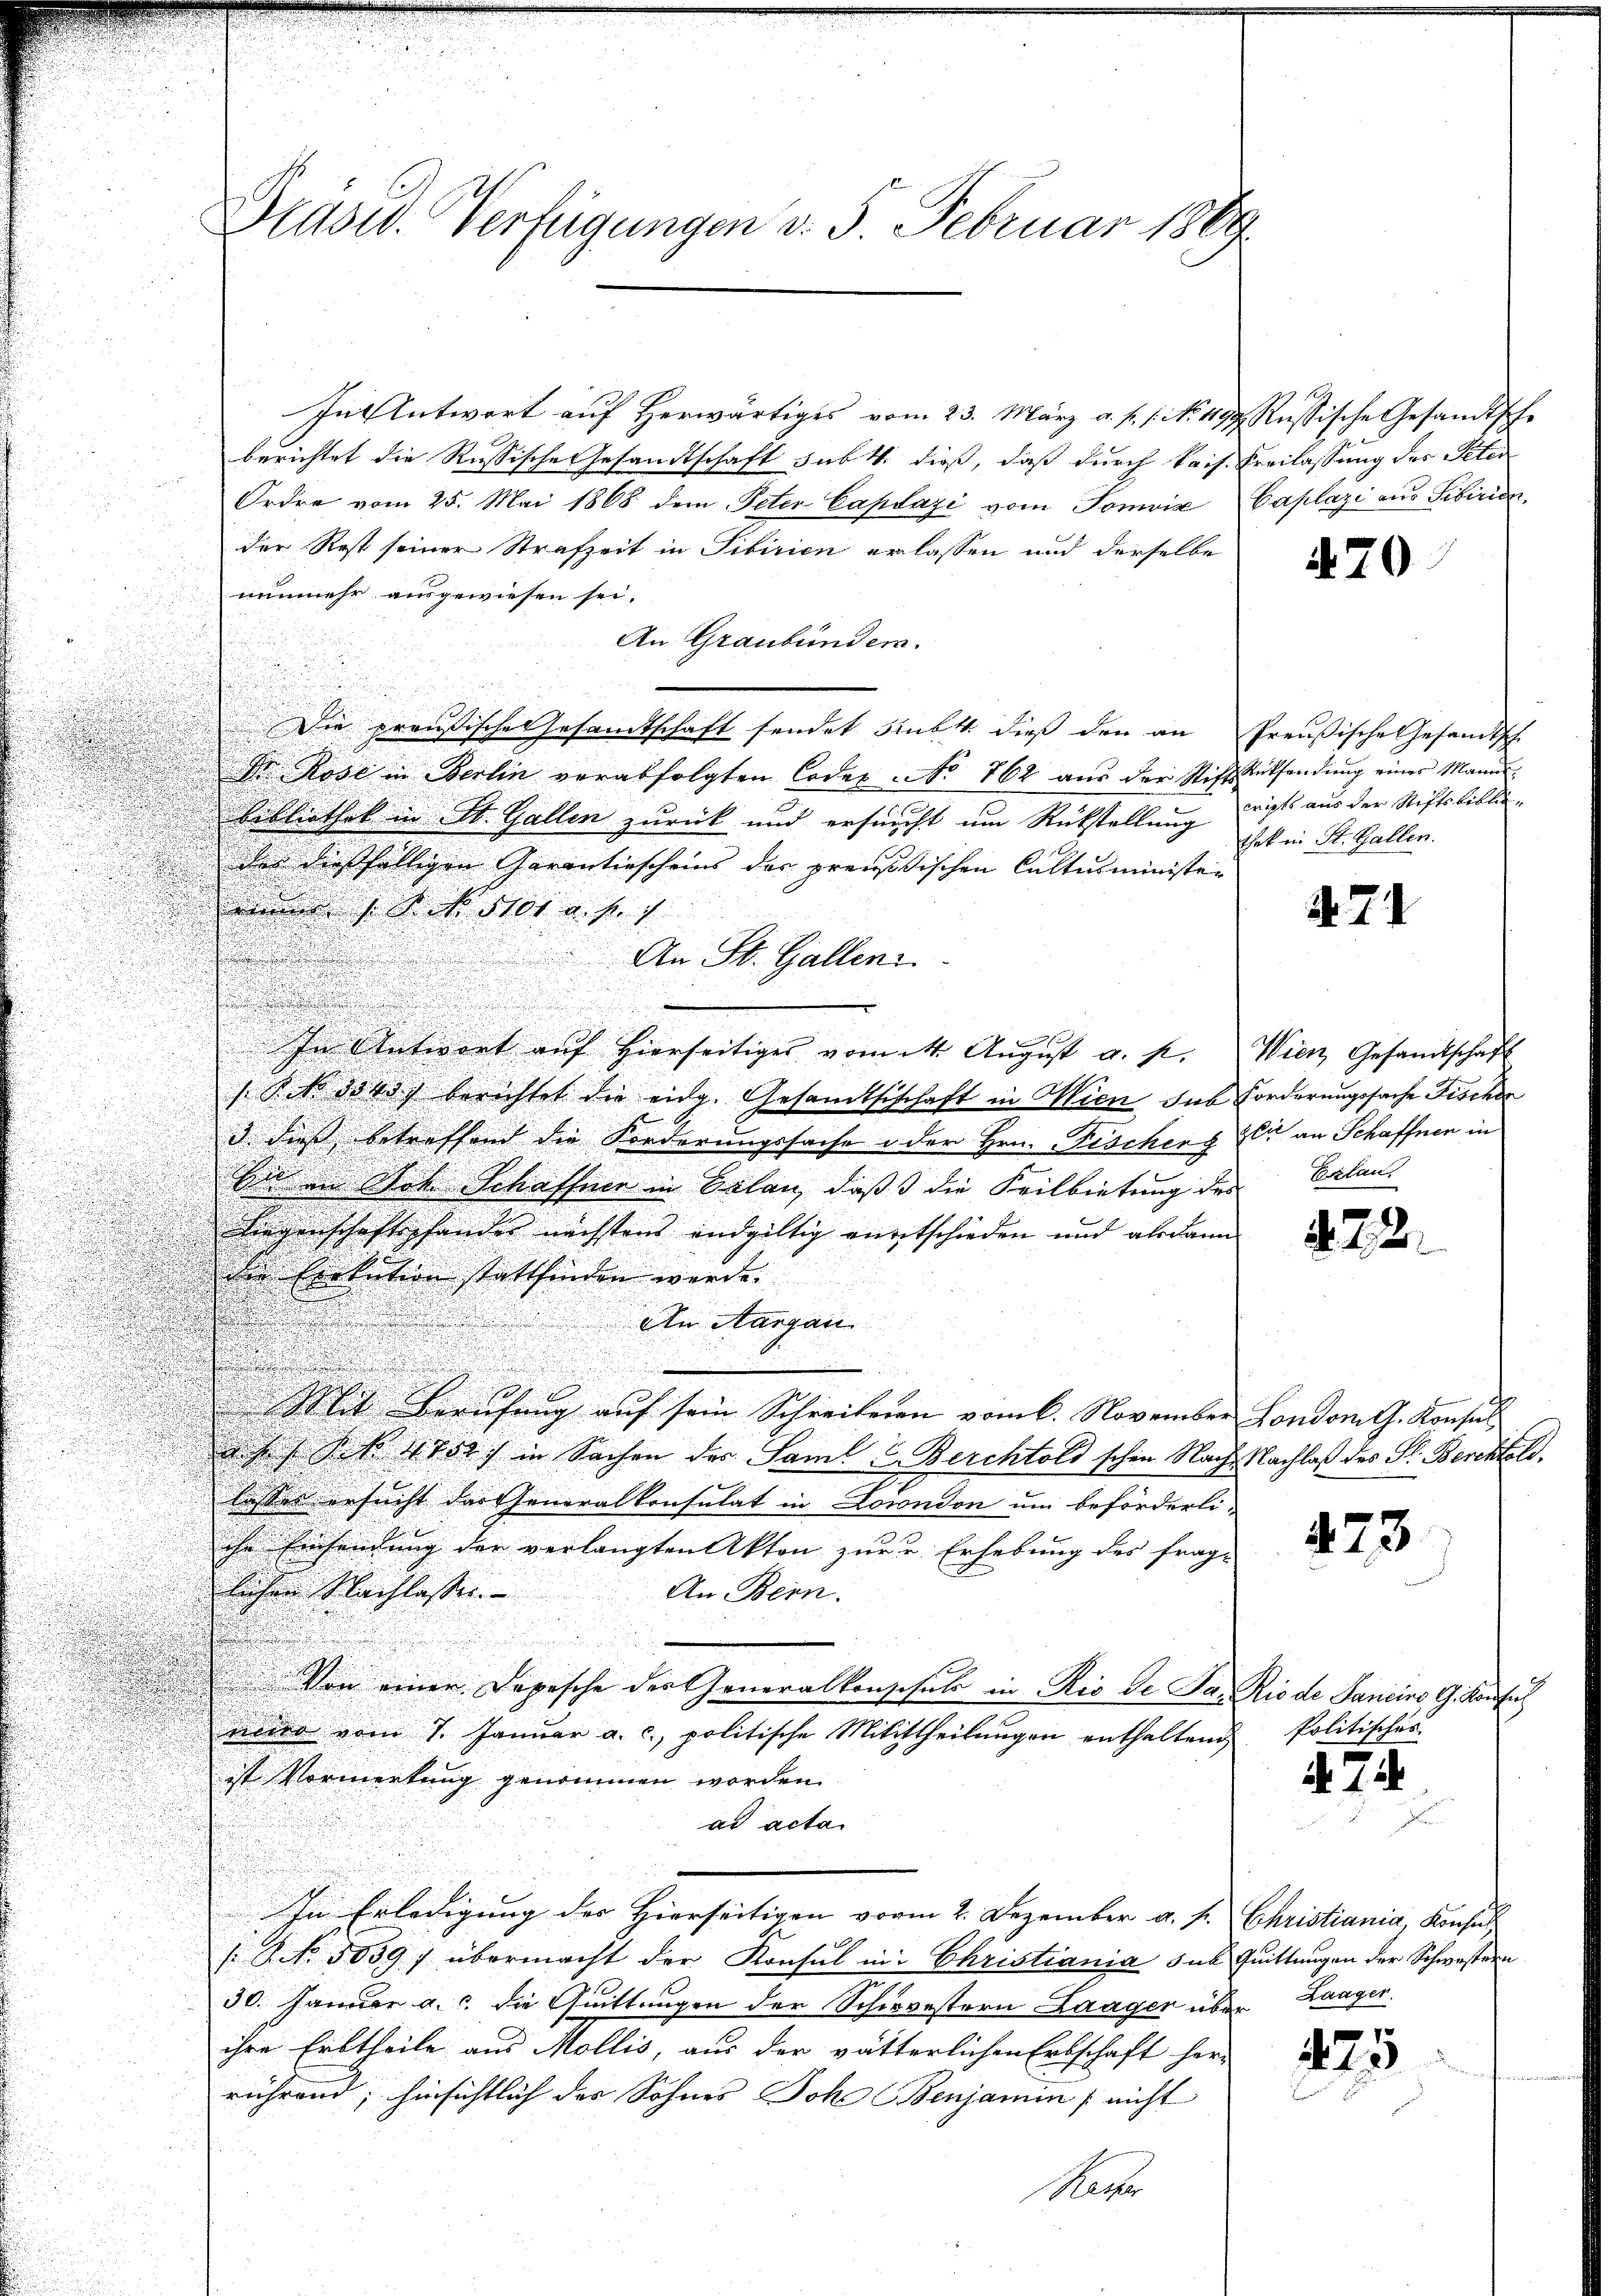
Drasw. Verfügungen v. 5. Februar 1889.

In Antwort auf herwärtiges vom 23. März a. f. 1. No. 419. Russische Gesandtsche
berichtet die Russische Gesandtschaft sub. 4. dieß, daß durch kais. Freilassung des Peter
Ordre vom 25. Mai 1868 dem Peter Captazi vom Tomvia Caplazi aus Tibiricder Rest seiner Strafzeit in Tibirien erlassen und derselbe
nunmehr ausgewiesen sei.
An Graubündera.
preussische Gesamtschaft sendet subst dieß den an Preußische Gesandtsche
Dr Rose in Berlin verabfolgten Codex No 762 aus der Nicht Rücksendung einer Manne
Bibliothek in St. Gallen zurück und ersucht um Rückstellung hat in St. Gallen.
des dießfälligen Garantiescheins der preussischen Cultusminister
 1 Art. 1101. v. J. 1

An St. Galleni
.
In Antwort auf hierseitiges vom 14. Aŭgŭst a. p. Wien Gesandtschaft
2
Kitt ders berichtet die eidg. Gesandtsischaft in Wien, das Forderungssache Fischer
1
i. dies betreffend die Forderungssache in der Hrn. Fischen Er an Schaffnen in
Ein in Stat. Schaffner in Belan, daß die Feilbietung des Erlau¬
Liegenschaftshander nächstens endgültig entschieden und alsdann
des Exekution stattfinden werde.
.

¬
An Aargau
u
n
Ich sich Berufung auf sein Schreibenen vom 6. November London G. Konsul
a Jos. S. 1751) in Sachen des Saml C. Berchtold schen Nach Nachlaß des P. Berchtold.
lasses ersucht das Generalkonsulat in Loiondon um beförderli-
ihr Einsendung der verlangten Akten zur u. Erhebung des frag-
lichen Nachlassen.
An Bern.
u
Von einer Depesche der Generalkonschule in Rio de Ja. Rio de Sancino, G. Konsich
wird vom 7. Januar a. c., politische Mitittheilungen enthaltend
ist Vormerkung genommen worden
ad acta.
In Erledigung des Hierseitigen vorm 2. Dezember a. f. Christiania, Konsul
s. Art. 5059) übermacht der Konsul in Christiania sub Quittungen der Schwestern
30. Januar a. die Quittungen der Schwestern Laager über Langen.
ihre Erbtheile aus Mollis, aus der vätterlichen Erbschaft her-
rührend, hinsichtlich der Sohnes Johe Benjamin / nicht
Racher

470

cripts aus der Stiftsbiblio¬

X. 74

. 22.

473

Politisches

. 71.

425